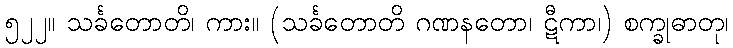
၅၂၂။ သင်္ခတောတိ၊ ကား။ (သင်္ခတောတိ ဂဏနတော၊ ဋီကာ၊) စက္ခုဓာတု၊